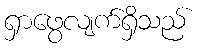
ရှာဖွေလျက်ရှိသည်